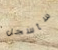
سأسجل